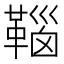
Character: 𩋈